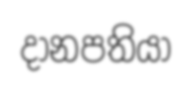
දානපතියා